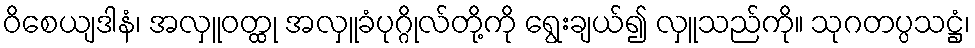
ဝိစေယျဒါနံ၊ အလှူဝတ္ထု အလှူခံပုဂ္ဂိုလ်တို့ကို ရွေးချယ်၍ လှူသည်ကို။ သုဂတပ္ပသဋ္ဌံ၊